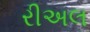
રીઅલ